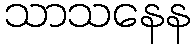
သာသနေန